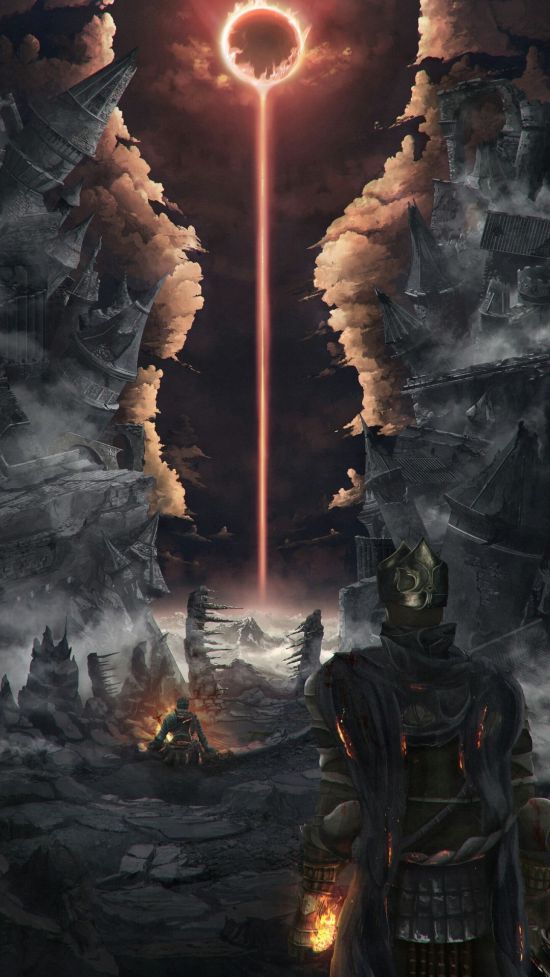
白马金鞍从武皇，旌旗十万宿长杨。